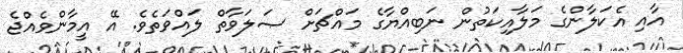
އާއި އެކަލާންގެ މަލާއިކަތުން ނަބިއްޔާގެ މައްޗަށް ޞަލަވާތް ލައްވަތެވެ. އޭ އީމާންވެއްޖެ